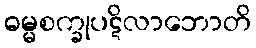
ဓမ္မစက္ခုပဋိလာဘောတိ